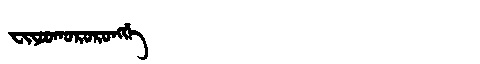
Manchu: ᠸᡳᠶᠣᠣᡴᠣᡵᠣᡵᠣᠩᡤᡝ
Romanization: FIYOOKORORONGGE